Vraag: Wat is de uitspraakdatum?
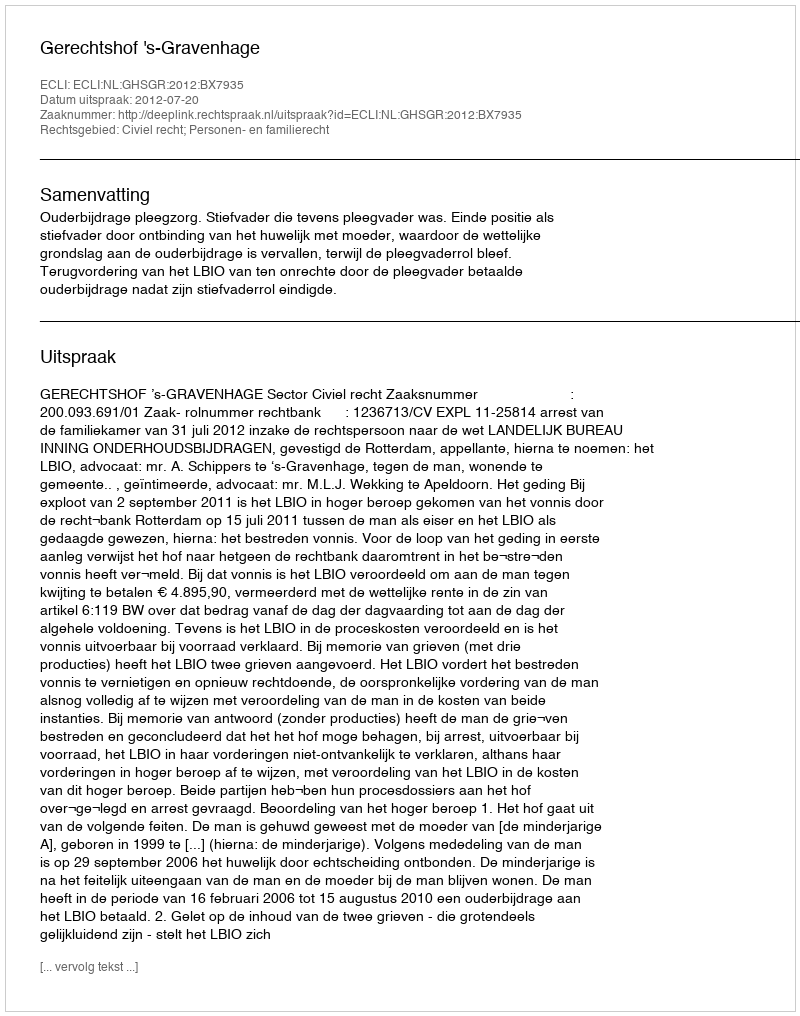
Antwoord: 2012-07-20